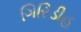
ગિરિડીહ